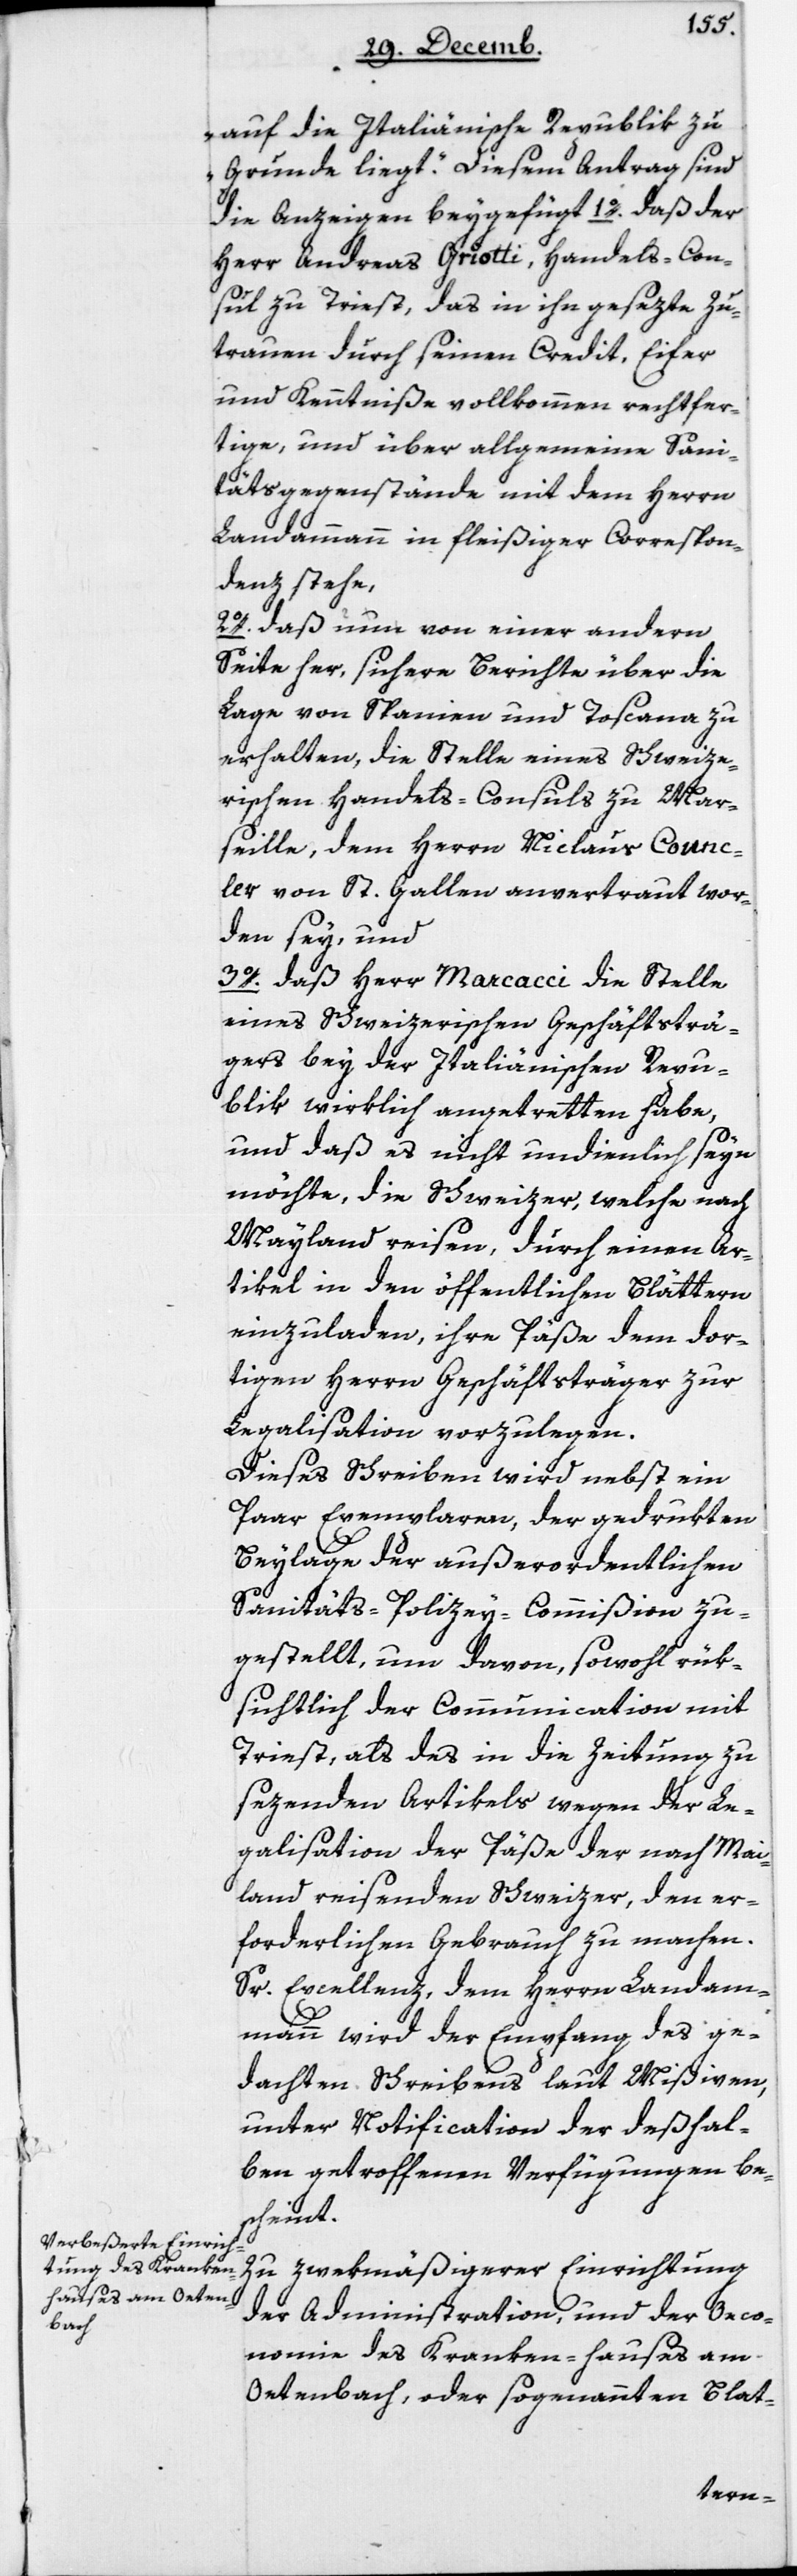
auf die Italienische Republik zu¬
grunde liegt.“ Diesem Antrag sind
Herr Andreas Griotti, Handelscon¬
sul zu Triest, das in ihn gesezte Zu¬
trauen durch seinen Credit, Eifer
und Kenntniße vollkommen rechtfer¬
tige, und über allgemeine Sani¬
tätsgegenstände mit dem Herrn
Landammann in fleißiger Correspon¬
denz stehe.
2. Daß nun von einer andern
Seite her, sichere Berichte über die
Lage von Spanien und Toscana zu
erhalten, die Stelle eines Schweize¬
rischen Handels-Consuls zu Mar¬
seille, dem Herrn Niclaus Counc¬
ler von St. Gallen anvertraut wor¬
den sey, und
3. Daß Herr Marcacci die Stelle
eines Schweizerischen Geschäftsträ¬
gers bey der Italienischen Repu¬
blik wirklich angetretten habe,
und daß es nicht undienlich seyn
möchte, die Schweizer, welche nach
Mayland reisen, durch einen Ar¬
tikel in den öffentlichen Blättern
einzuladen, ihre Päße dem dor¬
tigen Herrn Geschäftsträger zur
Legalisation vorzulegen.
Dieses Schreiben wird nebst ein
paar Exemplaren, der gedrukten
Beylage der außerordentlichen
Sanitäts-Polizey-Commißion zu¬
gestellt, um davon, sowohl rük¬
sichtlich der Communication mit
Triest, als des in die Zeitung zu
sezenden Artikels wegen der Le¬
galisation der Päße der nach May¬
land reisenden Schweizer, den er¬
forderlichen Gebrauch zu machen.
Sr Excellenz dem Herrn Landam¬
mann wird der Empfang des ge¬
dachten Schreibens laut Mißiven,
unter Notification der deßhal¬
ben getroffenen Verfügungen bes¬
cheint.
Zu zwekmäßigerer Einrichtung
der Administration und der Oeco¬
nomie des Kranken-hauses am
Oetenbach, oder sogenannten Blat-